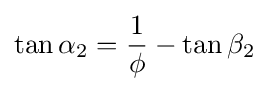
\tan \alpha _{2}={\frac {1}{\phi }}-\tan \beta _{2}